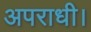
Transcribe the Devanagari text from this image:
अपराधी।